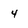
Character: 4